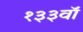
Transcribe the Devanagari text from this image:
१३३वॉ